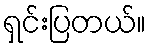
ရှင်းပြတယ်။